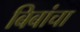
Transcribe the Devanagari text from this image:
बिबांचा